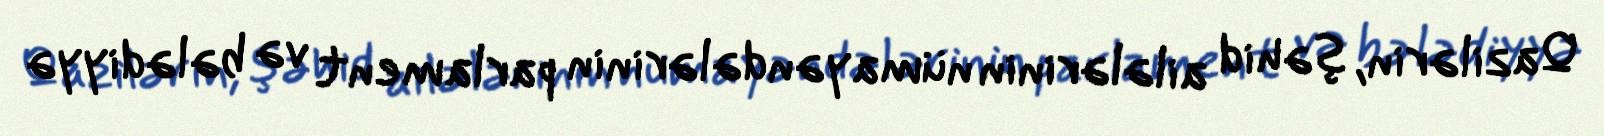
Qazilərin, şəhid ailələrinin nümayəndələrinin parlament və bələdiyyə